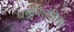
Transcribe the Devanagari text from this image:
धर्मावलंबिता